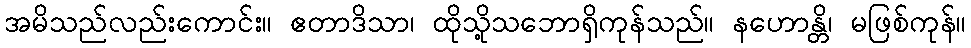
အမိသည်လည်းကောင်း။ ဧတာဒိသာ၊ ထိုသို့သဘောရှိကုန်သည်။ နဟောန္တိ၊ မဖြစ်ကုန်။